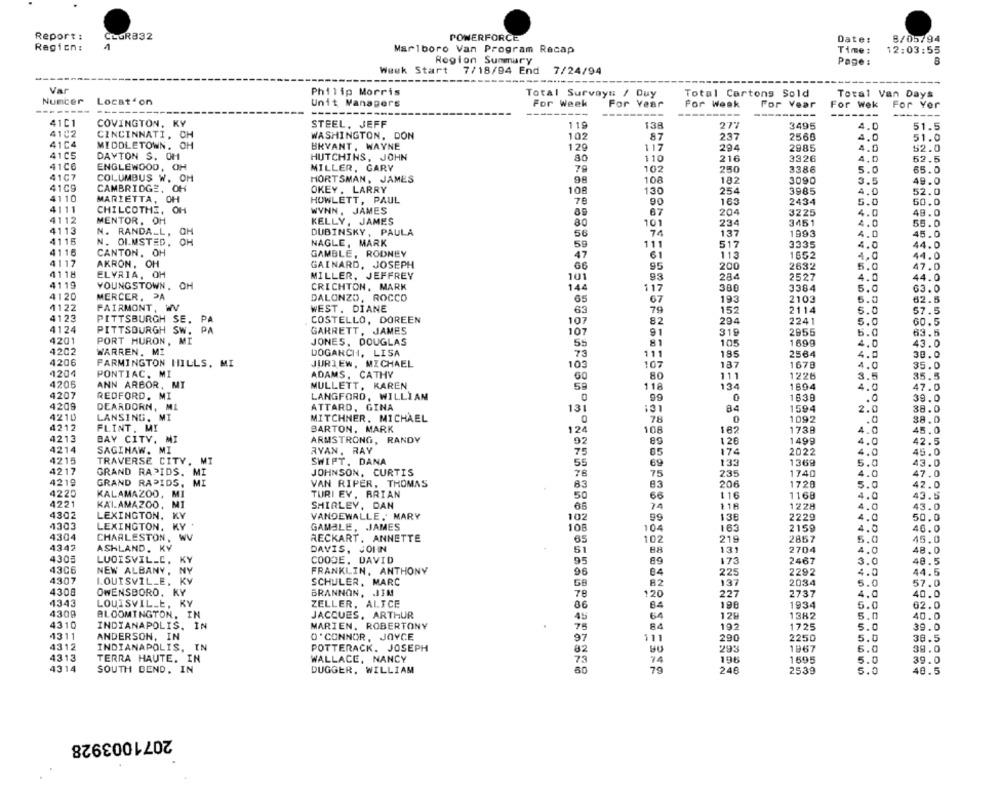
Report :
CLOR832
POWERFORCE
Date:
8/05/94
Regicn:
Marlboro Van Program Recap
Time :
12:03:55
Region Summary
Page :
B
Week Start
7/18/94 End
7/24/94
---
Var
Philip Morris
Total Survay# / Duy
Total Cartons Sold
Total Van Days
Number
Location
Unit Managers
For Week
For Year
For Weak
For Vear
For Wek
For Yer
---
---
-----
-------
41C1
COVINGTON, KY
STEEL, JEFF
119
138
3495
4.0
51.5
4102
WASHINGTON, DON
102
87
CINCINNATI, CH
237
2560
4.0
51.0
41C4
MIDDLETOWN. OH
BRYANT , WAYNE
120
117
294
2985
4.0
52.0
41C5
DAYTON S. OH
HUTCHINS, JOHN
110
216
3326
4.0
52.5
41C6
ENGLEWOOD, OH
MILLER, GARY
79
102
250
3386
5.0
65.0
4107
COLUMBUS W. OH
HORTSMAN, JAMES
98
108
182
3090
3.5
49.0
4109
CAMBRIDGE, OH
OKEY . LARRY
108
130
254
3985
4.0
52.0
4110
MARIETTA, OH
HOWLETT, PAUL
76
90
165
2434
5.0
50.0
4111
CHILCOTHE, OH
WYNN. JAMES
67
204
3225
4.0
49.0
4112
MENTOR, OH
KELLY, JAMES
101
234
3451
59.0
4.0
4113
N. RANDALL.
OH
DUBINSKY, PAULA
56
74
137
1993
4.0
45.0
4115
N. OLMSTED.
OH
NAGLE, MARK
59
111
517
3335
4.0
44.0
4116
CANTON, OH
GAMBLE, RODNEY
61
113
1652
47
4.0
44.0
4117
AKRON, OH
GAINARD, JOSEPH
66
95
200
2632
5.0
47.0
4118
ELVRIA, OH
MILLER, JEFFREY
101
93
284
2527
4.0
44.0
4119
YOUNGSTOWN. OH
CRICHTON, MARK
144
117
380
3384
5.0
63.0
4120
MERCER, PA
DALONZO, ROCCO
65
67
193
2103
5.0
62.5
4122
FAIRMONT,
WEST. DIANE
79
152
2114
57.5
4123
63
5.0
PITTSBURGH SE, PA
COSTELLO, DOREEN
107
82
294
2241
5.0
GO.5
4124
PITTSBURGH SW. PA
GARRETT, JAMES
107
91
319
2955
6.0
63.5
4201
PORT HURON, MI
JONES, DOUGLAS
81
55
105
1699
4.0
43.0
4202
WARREN. MZ
DOGARCH, LISA
73
111
185
2564
4.0
30.0
4206
FARMINGTON HILLS, MI
JURIEW, MICHAEL
103
107
137
1678
4.0
35.0
4204
PONTIAC. MI
ADAMS, CATHY
G0
80
111
1226
3.5
35.5
4205
ANN ARBOR, MT
MULLETT, KAREN
59
118
134
1894
4.0
47.0
4207
REDFORD. MI
LANGFORD, WILLIAM
39.0
0
0
1638
.0
4209
DEARDORN, ML
ATTARD, GINA
131
131
84
1594
2.0
38.0
4210
LANSING, MI
MITCHNER. MICHAEL
0
78
0
1092
38.0
4212
FLINT. MI
BARTON, MARK
1738
.C
12
108
162
.0
45.0
4213
BAY CITY. MI
ARMSTRONG, RANDY
92
89
120
1499
42.5
4214
SAGINAW. MI
RYAN, RAY
65
174
2022
4.0
45.0
4215
TRAVERSE CITY, MI
SWIFT. DANA
75
55
69
133
1369
5.
43.0
4217
GRAND RAPIDS. MI
JOHNSON, CURTIS
78
75
235
1740
47.0
4219
GRAND RAPIDS, MI
VAN RIPER. THOMAS
206
1720
83
83
5.0
42.0
4220
KALAMAZOO, MI
TURI EV. BRIAN
50
66
116
1168
43.5
4221
KALAMAZOO, MI
SHIRLEY, DAN
24
1228
43.0
4302
VANDEWALLE, MARY
LEXINGTON, KY
102
135
2229
4.0
50.0
4303
LEXINGTON, KY '
GAMBLE, JAMES
108
104
163
2159
4.0
46.0
4304
CHARLESTON, WV
RECKART, ANNETTE
102
219
2857
5.0
45.0
4342
65
ASHLAND. KY
DAVIS, JOHN
51
131
2704
4.0
48.0
430
LUOISVIL_C.
KY
COODE, DAVID
95
89
173
2467
3.0
40.5
43C6
NEW ALBANY, NY
FRANKLIN, ANTHONY
04
2292
44.5
96
225
4.0
4307
LOUISVILLE. KV
SCHULER, MARC
GB
82
137
2034
5.0
57.0
4308
OWENSBORO, KY
BRANNON, JIM
78
120
227
2737
4.0
40.0
4343
LOUISVILLE, KY
ZELLER, ALICE
86
84
198
1934
5.0
62.0
4300
BLOOMINGTON, IN
JACQUES, ARTHUR
45
64
12H
1382
5.0
40.0
4310
INDIANAPOLIS. IN
MARIEN, ROBERTONY
75
84
192
1725
5.0
39.0
4311
ANDERSON, IN
O'CONNOR, JOYCE
97
111
290
2250
5.0
38.5
4312
INDIANAPOLIS, IN
POTTERACK. JOSEPH
SU
29S
1967
6.0
39.0
4313
82
74
196
TERRA HAUTE. IN
WALLACE, NANCY
75
1695
5.0
39.0
4314
SOUTH BEND, IN
DUGGER, WILLIAM
79
248
2539
5.0
40.5
2071003928